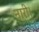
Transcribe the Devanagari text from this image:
नारी।